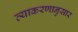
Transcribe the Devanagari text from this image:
व्याकरणानुसार